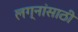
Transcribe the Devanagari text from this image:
लग्नांसाठी